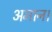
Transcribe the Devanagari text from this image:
अमान।